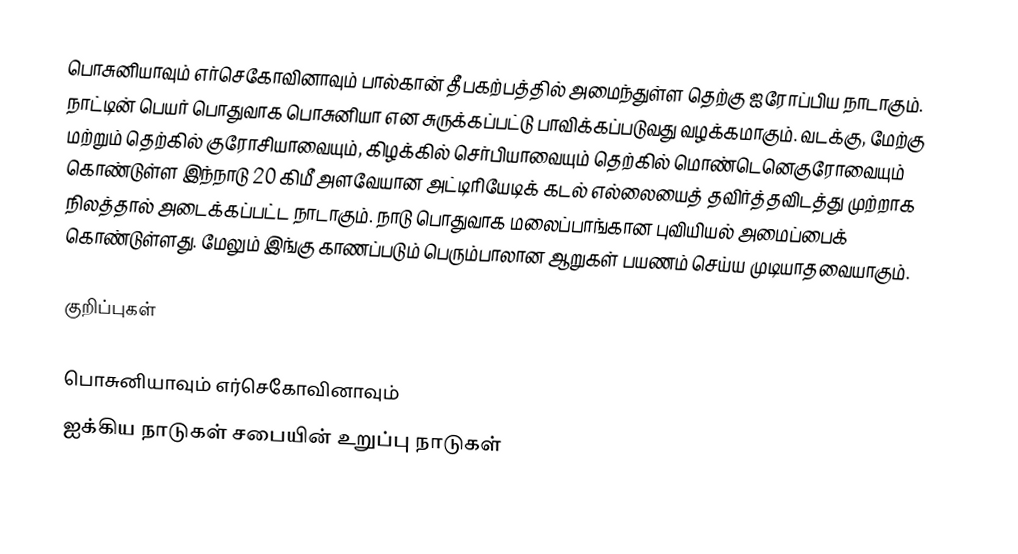
பொசுனியாவும் எர்செகோவினாவும் பால்கான் தீபகற்பத்தில் அமைந்துள்ள தெற்கு ஐரோப்பிய நாடாகும். நாட்டின் பெயர் பொதுவாக பொசுனியா என சுருக்கப்பட்டு பாவிக்கப்படுவது வழக்கமாகும். வடக்கு, மேற்கு மற்றும் தெற்கில் குரோசியாவையும், கிழக்கில் செர்பியாவையும் தெற்கில் மொண்டெனெகுரோவையும் கொண்டுள்ள இந்நாடு 20 கிமீ அளவேயான அட்டிரியேடிக் கடல் எல்லையைத் தவிர்த்தவிடத்து முற்றாக நிலத்தால் அடைக்கப்பட்ட நாடாகும். நாடு பொதுவாக மலைப்பாங்கான புவியியல் அமைப்பைக் கொண்டுள்ளது. மேலும் இங்கு காணப்படும் பெரும்பாலான ஆறுகள் பயணம் செய்ய முடியாதவையாகும்.

குறிப்புகள்

பொசுனியாவும் எர்செகோவினாவும்
ஐக்கிய நாடுகள் சபையின் உறுப்பு நாடுகள்